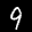
Label: 9